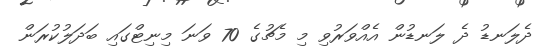
ދެލަނޑު ދެ ލަނޑުން އެއްވަރުވި މި މެޗުގެ 70 ވަނަ މިނިޓްގައި ބަދަލުކުރަން